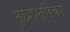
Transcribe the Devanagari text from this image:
मुखपत्रिका